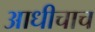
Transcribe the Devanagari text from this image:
आधीचाच